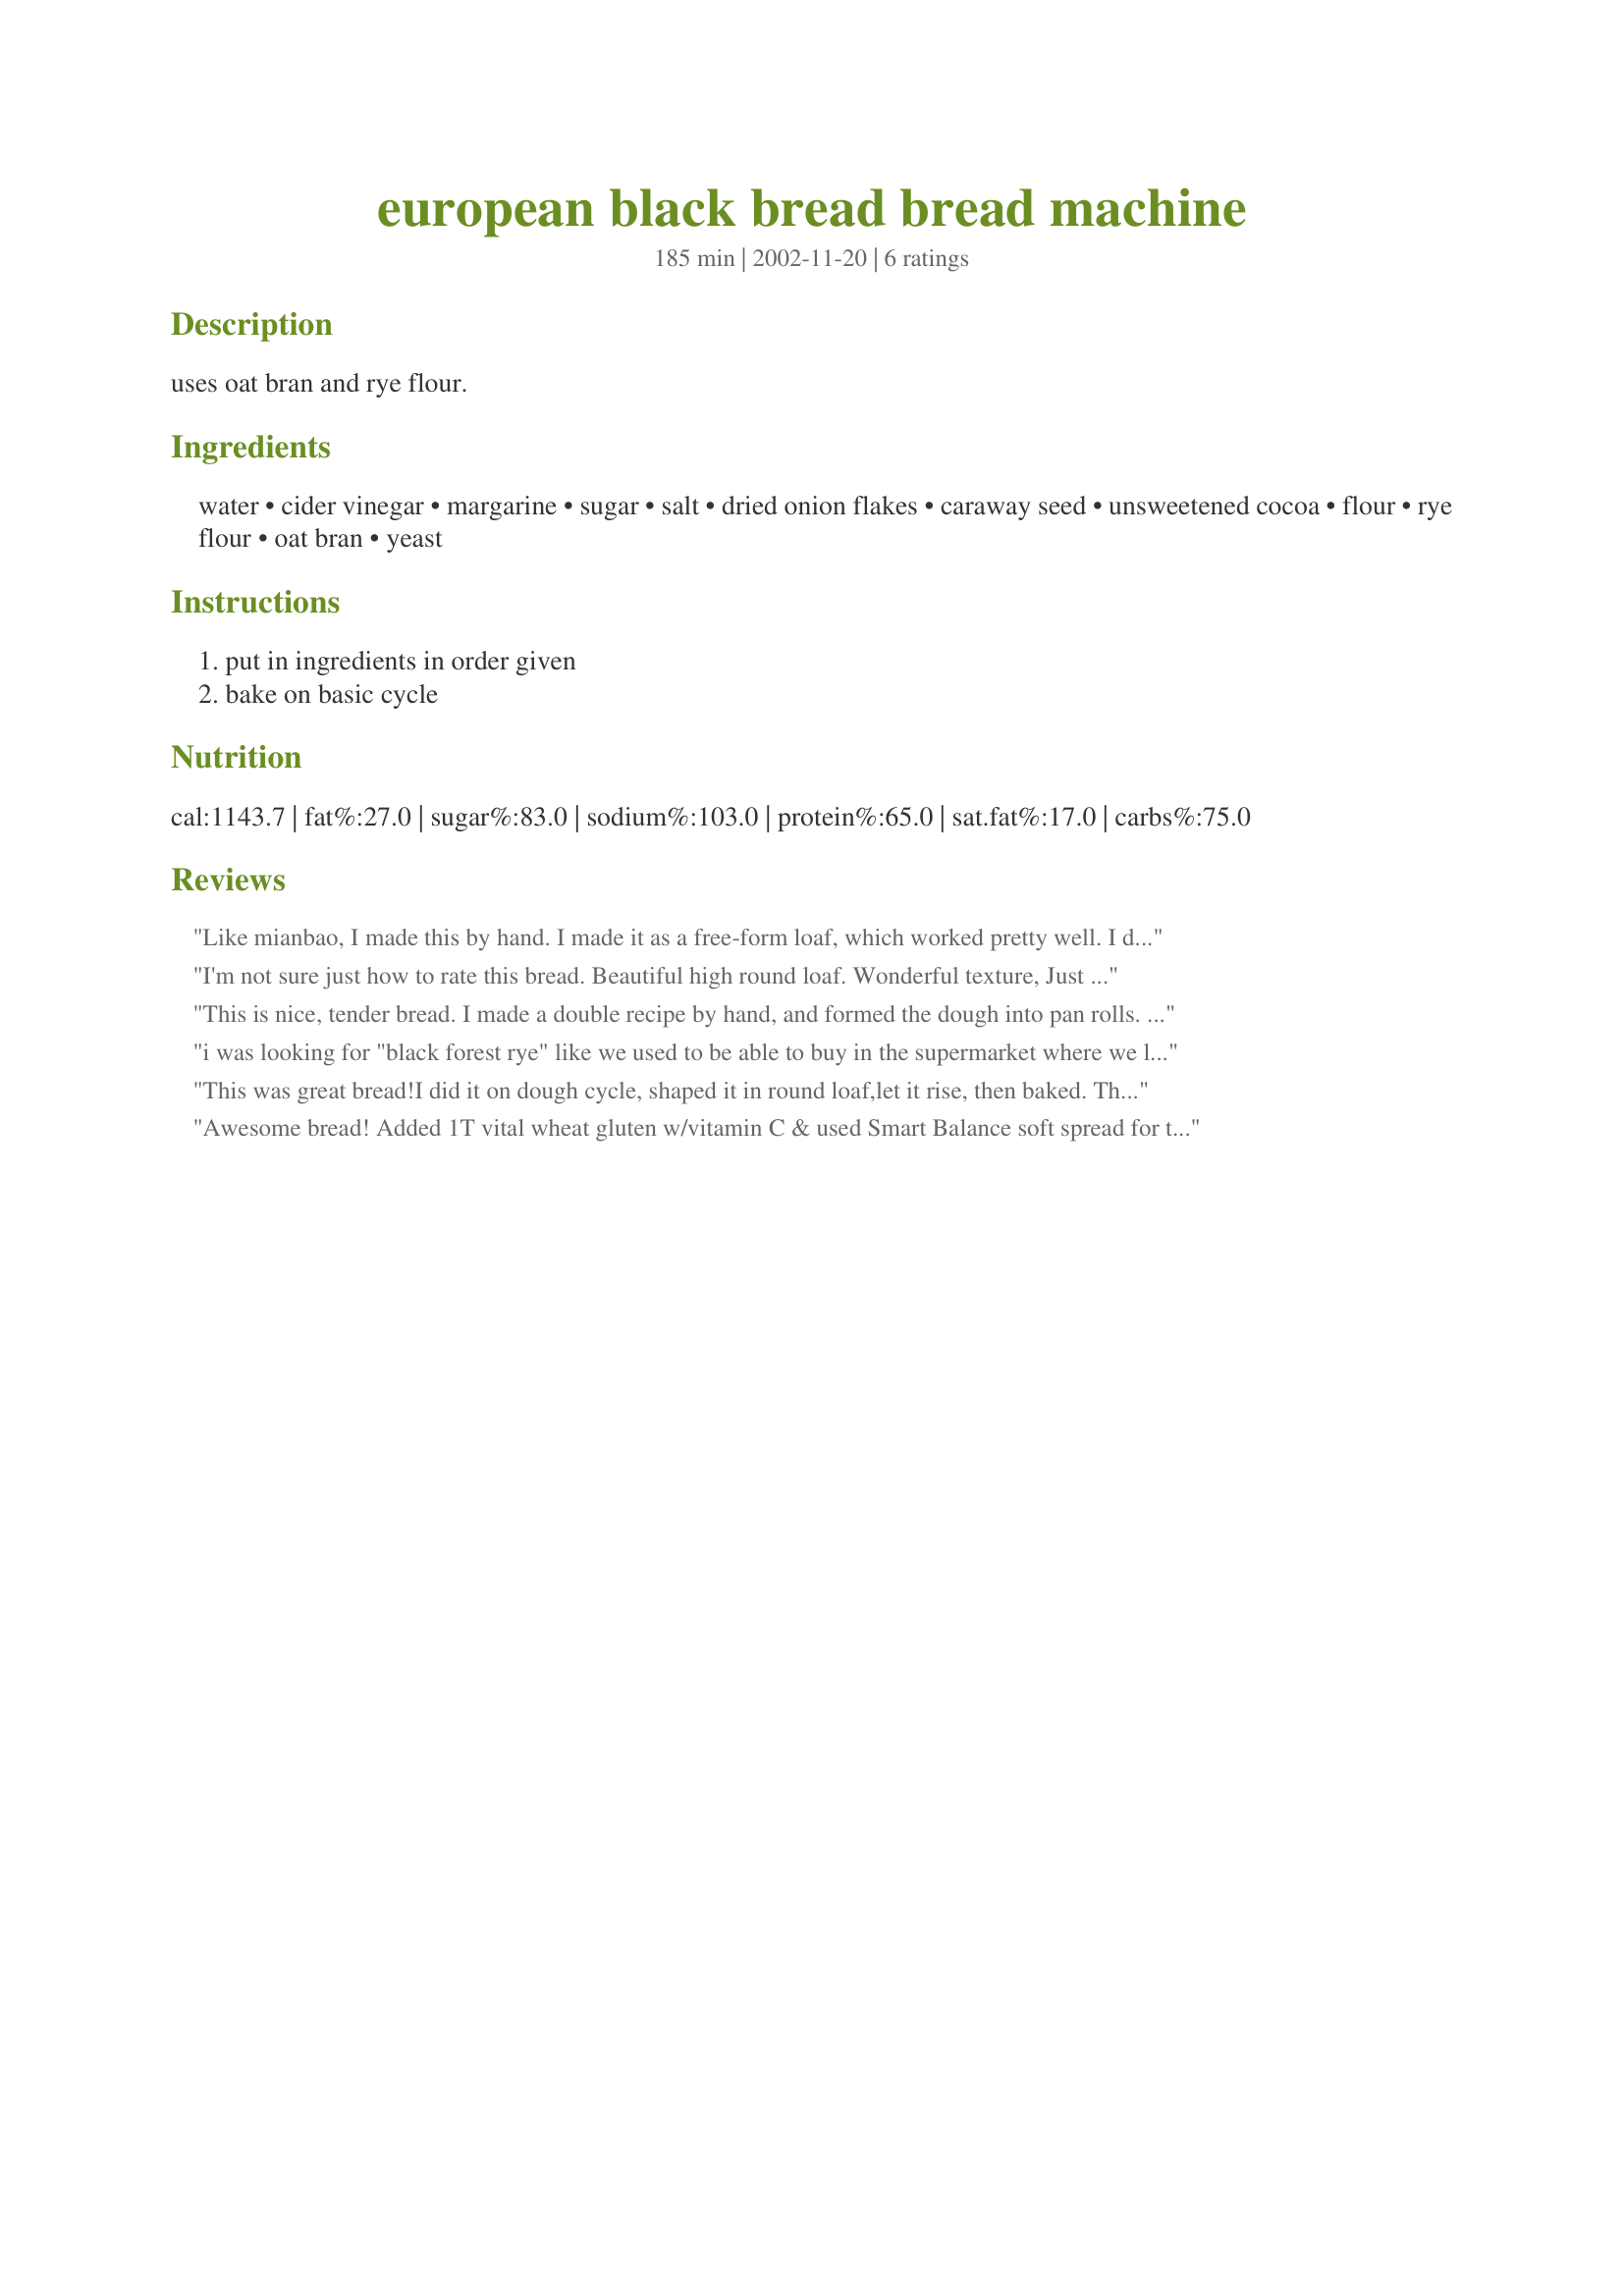
european black bread bread machine
Preparation time: 185 minutes

uses oat bran and rye flour.

Ingredients:
water, cider vinegar, margarine, sugar, salt, dried onion flakes, caraway seed, unsweetened cocoa, flour, rye flour, oat bran, yeast

Steps:
put in ingredients in order given, bake on basic cycle

Reviews:
Like mianbao, I made this by hand. I made it as a free-form loaf, which worked pretty well. I did overcook it a bit (trying to do too many things at once) but it was stil very tasty. The store was out of rye flour so I had to get pumpernickle rye, which I'm sure changed the flavor a smidge. I also subbed the margarine for olive oil. It rose well and has a very nice dark flavor. The caraway added a nice bite and the onion flakes are suprisingly noticeable with oniony tang. The bran added to the texture, giving it a bit more rough-grained rustic texture. Thanks, I will try this again!
I'm not sure just how to rate this bread. Beautiful high round loaf. Wonderful texture, Just lovely. But . . . not too much rye flavor. I didn't have oat bran so substituted whole wheat flour. Shoulda subbed more rye flour instead. It didn't quite have the rye tang. Next time, a little more vinegar AND a little more salt. Maybe another tsp of onion flakes. I did add a tsp. of instant coffee, as suggested in some other recipes. The 2 tablespoons of cocoa is OK but I think next time I will halve that. I didn't have any caraway seeds; don't know why, I have every other spice or herb you can think of. And I used more like 2 tsp of dry yeast. This recipe is definitely worth working on. Thanks for posting. . . Janet
This is nice, tender bread. I made a double recipe by hand, and formed the dough into pan rolls. I was shocked to find I was out of caraway seeds (which I love), but this bread is still very good. Next time I'll make some with caraway. Thank you for the recipe.
i was looking for "black forest rye" like we used to be able to buy in the supermarket where we lived - very dense - anyway, i doubled this and made it by hand instead of a bread machine - it made one very nice big loaf - smelled like chocolate as it was rising and tasted delicious, sliced very thin and toasted :) - i think i will quadruple this bread recipe next so i can share with my neighbour - my five children and I had this for breakfast, and they are asking for more but we ate up every crumb (my husband had his this morning before work and loved it, too...) Thanks for a great recipe, recipe fairy!
This was great bread!I did it on dough cycle, shaped it in round loaf,let it rise, then baked. Thanks.Linda
Awesome bread! Added 1T vital wheat gluten w/vitamin C & used Smart Balance soft spread for the margarine. Used a tablespoon of molasses and 2 t sugar. Added a teaspoon fennel seed as well. Used the ABM to mix the dough - rose beautifully. Shaped by hand & rolled in oat bran. Slashed loaf 2/3 of the way through second rise. Baked at 350 degrees F for 38 minutes. Beautiful dark brown loaf with tender loaf with chewy crust that smelled & tasted terrific! Amy gave us a lovely bread here - will be on our regular rotation. Plan to use a cornstarch wash next time I make with - but will always keep the oat bran dusting on the bottom. Served with Recipe#23222 and slices of Maluarosa cheese. Delicious! BTW - this is AWESOME bread toasted for tuna/salmon salad as well as pastrami sandwiches!
